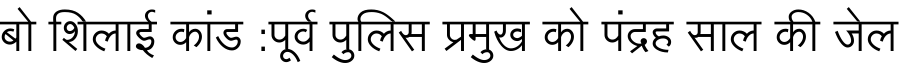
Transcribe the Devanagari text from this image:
बो शिलाई कांड :पूर्व पुलिस प्रमुख को पंद्रह साल की जेल